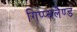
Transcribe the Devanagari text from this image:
गिप्प्सलैण्ड